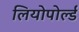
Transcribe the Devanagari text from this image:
लियोपोर्ल्ड